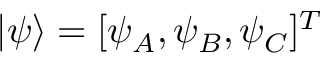
| \psi \rangle = [ \psi _ { A } , \psi _ { B } , \psi _ { C } ] ^ { T }